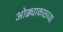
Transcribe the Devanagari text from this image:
ओढ्याकाठच्या